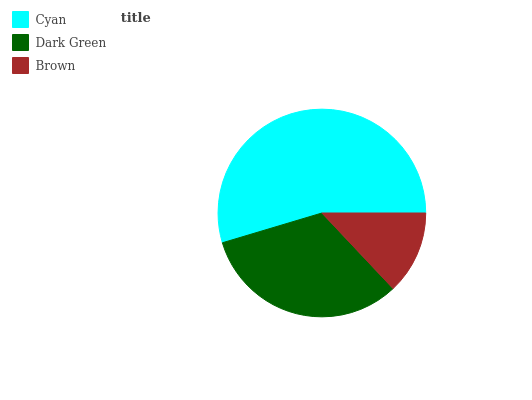
| Cyan | Dark Green | Brown |
 | --- | --- | --- |
 | 54.6% | 32.5% | 13% |